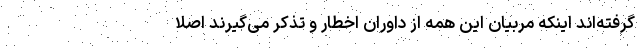
گرفته‌اند اینکه مربیان این همه از داوران اخطار و تذکر می‌گیرند اصلاً